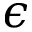
\epsilon